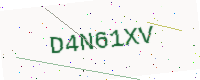
Text: D4N61XV